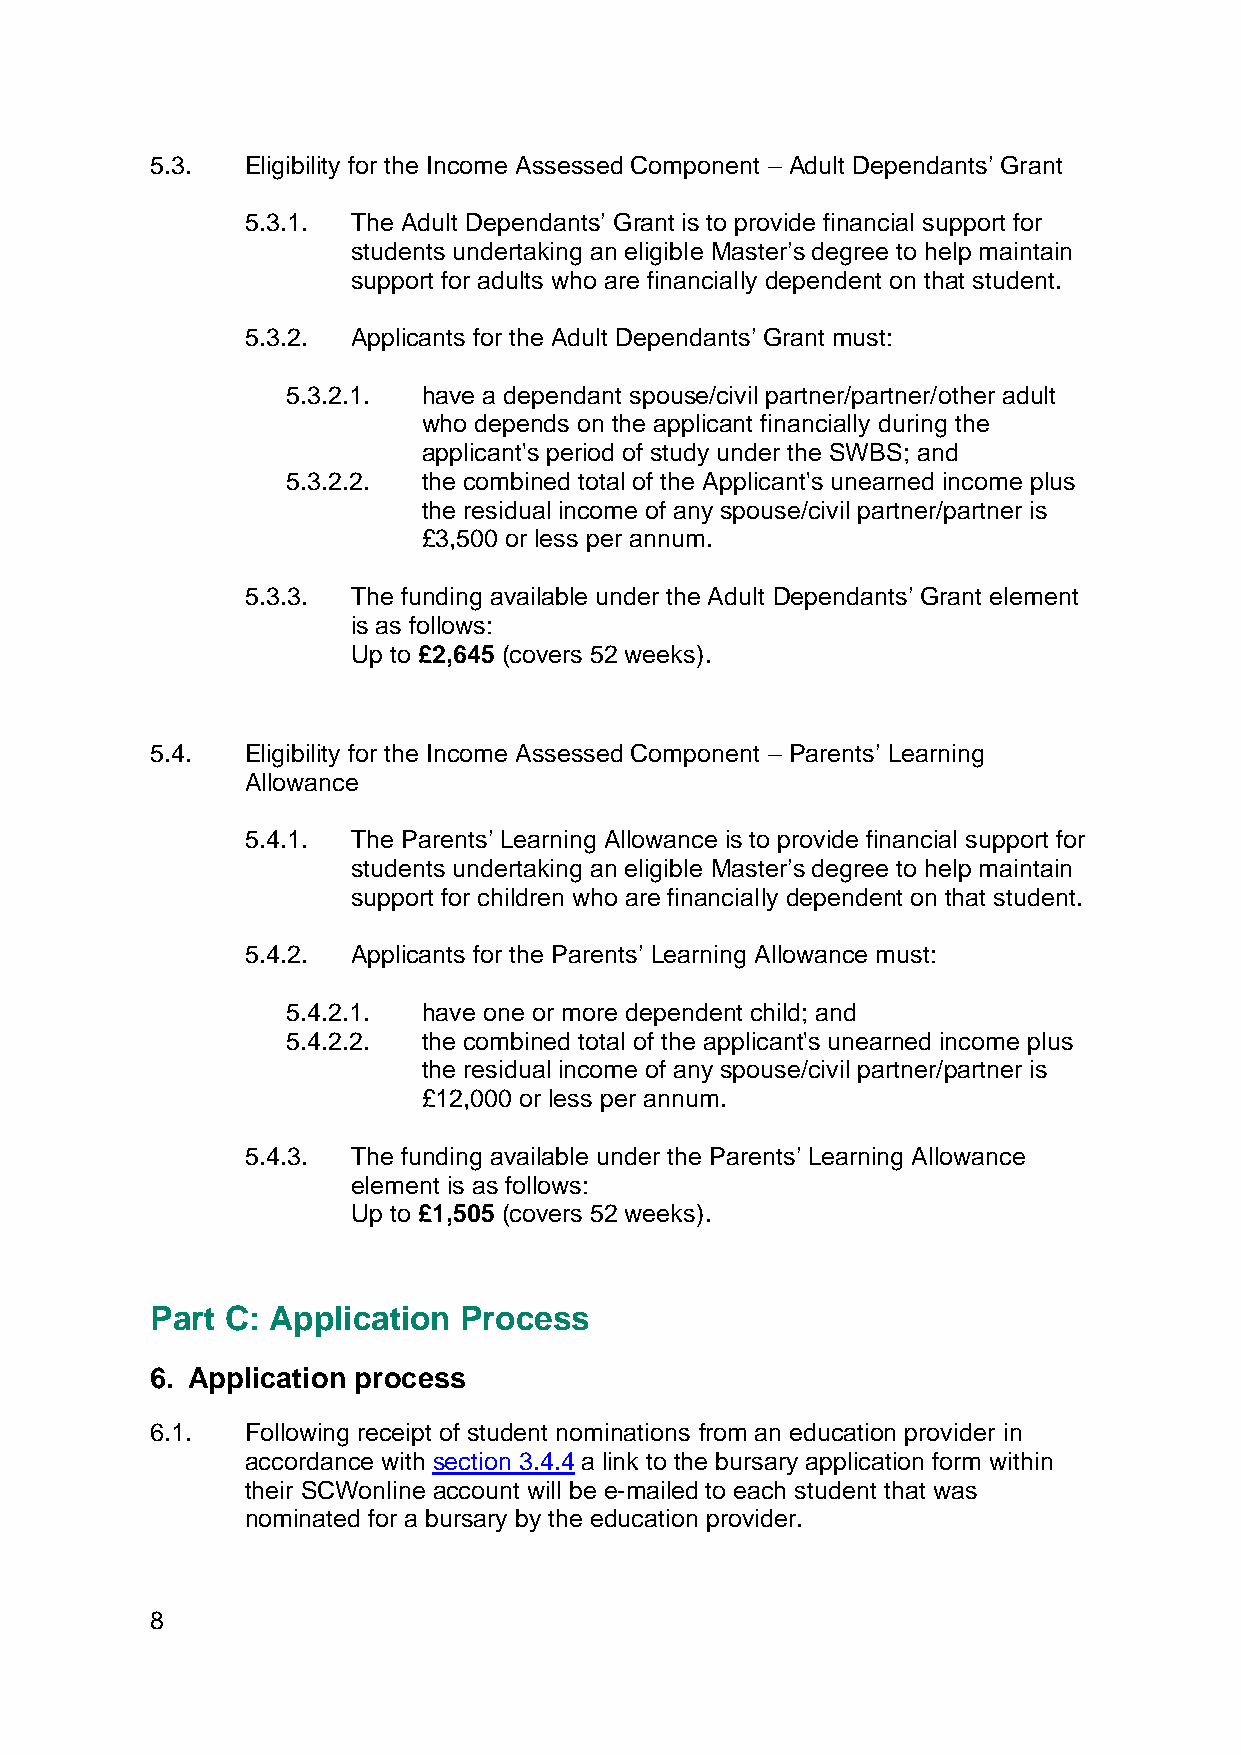
5.3.  Eligibility for the Income Assessed Component – Adult Dependants’ Grant
 5.3.1. The Adult Dependants’ Grant is to provide financial support for
 students undertaking an eligible Master’s degree to help maintain
 support for adults who are financially dependent on that student.
 5.3.2. Applicants for the Adult Dependants’ Grant must:
 5.3.2.1. have a dependant spouse/civil partner/partner/other adult
 who depends on the applicant financially during the
 applicant's period of study under the SWBS; and
 5.3.2.2. the combined total of the Applicant's unearned income plus
 the residual income of any spouse/civil partner/partner is
 £3,500 or less per annum.
 5.3.3. The funding available under the Adult Dependants’ Grant element
 is as follows:
 Up to £2,645 (covers 52 weeks).
 5.4.  Eligibility for the Income Assessed Component – Parents’ Learning
 Allowance
 5.4.1. The Parents’ Learning Allowance is to provide financial support for
 students undertaking an eligible Master’s degree to help maintain
 support for children who are financially dependent on that student.
 5.4.2. Applicants for the Parents’ Learning Allowance must:
 5.4.2.1. have one or more dependent child; and
 5.4.2.2. the combined total of the applicant's unearned income plus
 the residual income of any spouse/civil partner/partner is
 £12,000 or less per annum.
 5.4.3. The funding available under the Parents’ Learning Allowance
 element is as follows:
 Up to £1,505 (covers 52 weeks).
 Part C: Application Process
 6. Application process
 6.1.  Following receipt of student nominations from an education provider in
 accordance with section 3.4.4 a link to the bursary application form within
 their SCWonline account will be e-mailed to each student that was
 nominated for a bursary by the education provider.
 8